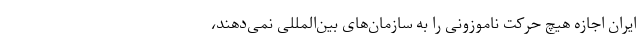
ایران اجازه هیچ حرکت ناموزونی را به سازمان‌های بین‌المللی نمی‌دهند،